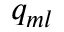
q _ { m l }